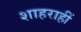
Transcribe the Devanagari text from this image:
शाहराहीं